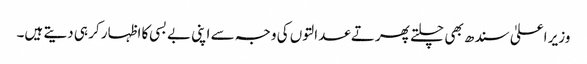
وزیر اعلیٰ سندھ بھی چلتے پھرتے عدالتوں کی وجہ سے اپنی بے بسی کا اظہار کر ہی دیتے ہیں۔